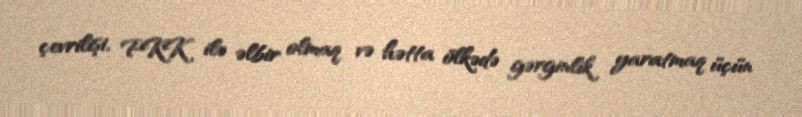
çevrilişi, PKK ilə əlbir olmaq və hətta ölkədə gərginlik yaratmaq üçün